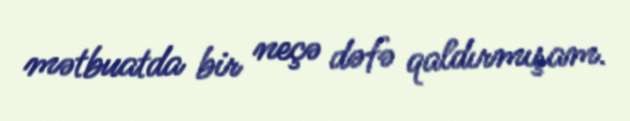
mətbuatda bir neçə dəfə qaldırmışam.